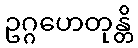
ဥဂ္ဂဟေတုန္တိ